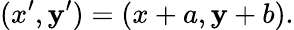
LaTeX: (x^{\prime},\mathbf{y}^{\prime})=(x+a,\mathbf{y}+b).